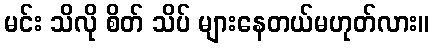
မင်း သိလို စိတ် သိပ် များနေတယ်မဟုတ်လား။